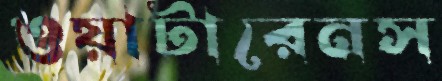
ওয়াটারেনস